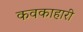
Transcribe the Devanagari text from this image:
कवकाहारी